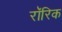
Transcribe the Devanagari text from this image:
रॉरिक